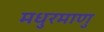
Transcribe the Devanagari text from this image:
मधुरमाणु